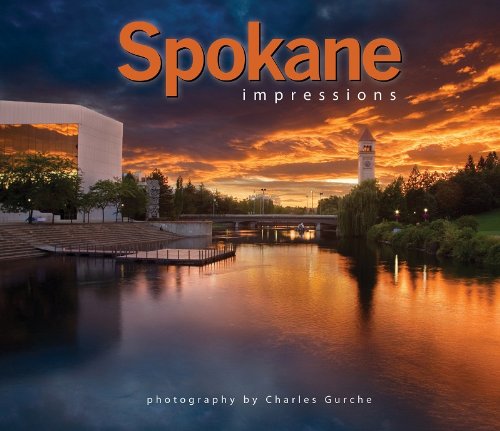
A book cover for Spokane Impressions; photography by Charles Gurche; Travel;